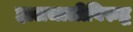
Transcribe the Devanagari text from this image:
हालचालीविरुद्ध